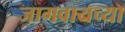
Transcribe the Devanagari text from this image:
जागवायच्या